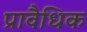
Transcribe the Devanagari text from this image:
प्रावैधिक